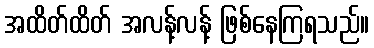
အထိတ်ထိတ် အလန့်လန့် ဖြစ်နေကြရသည်။